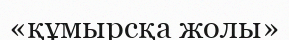
«құмырсқа жолы»